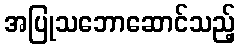
အပြုသဘောဆောင်သည့်